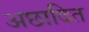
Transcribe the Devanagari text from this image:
अछादित